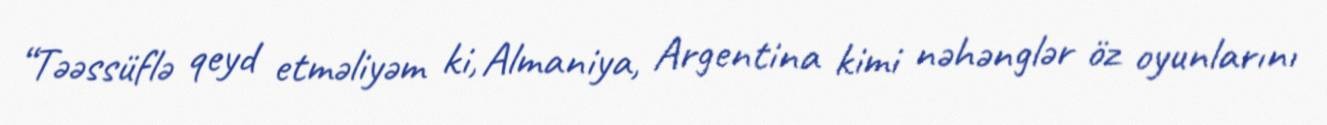
“Təəssüflə qeyd etməliyəm ki, Almaniya, Argentina kimi nəhənglər öz oyunlarını